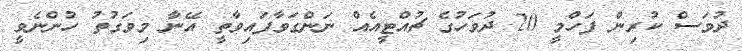
ދުވަސް ކުރިން ފަހްމީ 20 ދުވަހުގެ ޗުއްޓީއެއް ނަންގަވާފައިވާތީ އޭނާ މިވަގުތު ހުންނެވީ